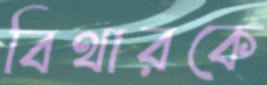
বিথারকে